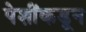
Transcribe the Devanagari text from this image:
पेशींकडून